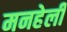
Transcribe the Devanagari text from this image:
मनहेली